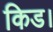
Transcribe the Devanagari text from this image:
किड।